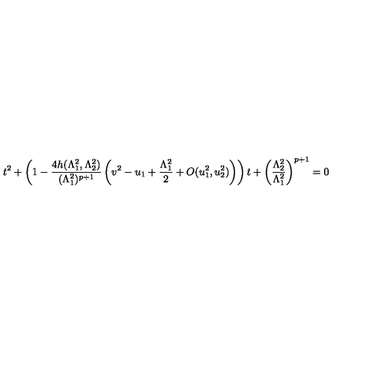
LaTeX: t ^ { 2 } + \left( 1 - \frac { 4 h ( \Lambda _ { 1 } ^ { 2 } , \Lambda _ { 2 } ^ { 2 } ) } { ( \Lambda _ { 1 } ^ { 2 } ) ^ { p + 1 } } \left( v ^ { 2 } - u _ { 1 } + \frac { \Lambda _ { 1 } ^ { 2 } } { 2 } + O ( u _ { 1 } ^ { 2 } , u _ { 2 } ^ { 2 } ) \right) \right) t + \left( \frac { \Lambda _ { 2 } ^ { 2 } } { \Lambda _ { 1 } ^ { 2 } } \right) ^ { p + 1 } = 0